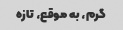
گرم، به موقع، تازه